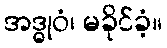
အဒ္ဓုဝံ၊ မခိုင်ခံ့။